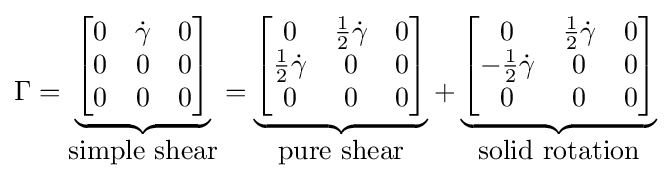
\Gamma ={\begin{matrix}\underbrace {\begin{bmatrix}0&{\dot {\gamma }}&0\\0&0&0\\0&0&0\end{bmatrix}} \\{\mbox{simple shear}}\end{matrix}}={\begin{matrix}\underbrace {\begin{bmatrix}0&{{\tfrac {1}{2}}{\dot {\gamma }}}&0\\{{\tfrac {1}{2}}{\dot {\gamma }}}&0&0\\0&0&0\end{bmatrix}} \\{\mbox{pure shear}}\end{matrix}}+{\begin{matrix}\underbrace {\begin{bmatrix}0&{{\tfrac {1}{2}}{\dot {\gamma }}}&0\\{-{{\tfrac {1}{2}}{\dot {\gamma }}}}&0&0\\0&0&0\end{bmatrix}} \\{\mbox{solid rotation}}\end{matrix}}